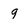
Character: 9